Leaving Certificate Examination (including Day School Certificate (Higher) General paper), 1928
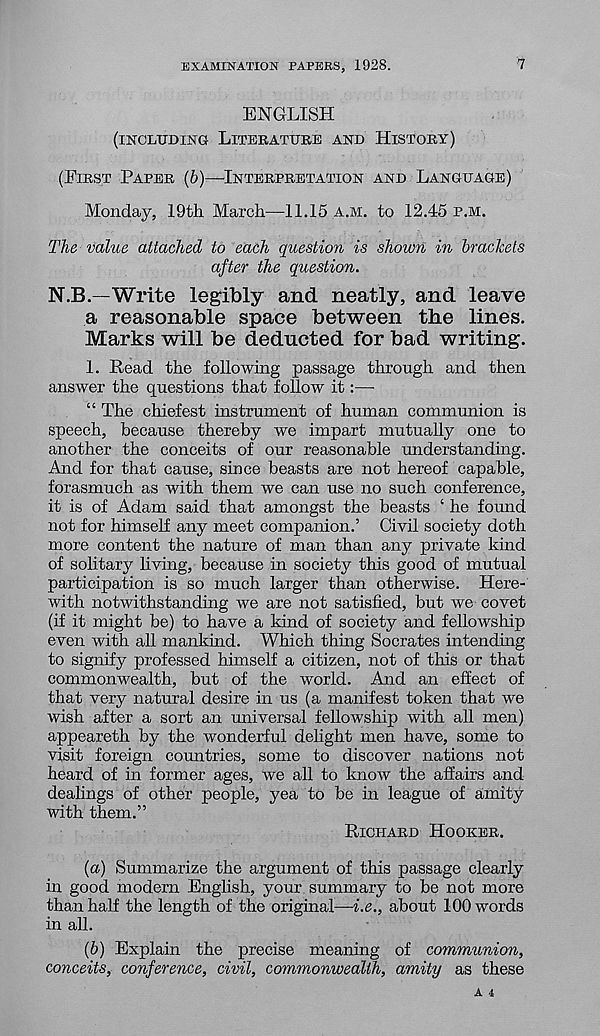
EXAMINATION PAPERS, 1928.
'1
ENGLISH
(INCLUDING LITERATURE AND HISTORY)
(FIRST PAPER (b)-—INTERPRETATION AND LANGUAGE)
Monday, 19th March—11.15 A.M. to 12.45 P.M.
The value attached to each question is shown in brackets
after the question.
N.B.—Write legibly and neatly, and leave
a reasonable space between the lines.
Marks will be deducted for bad writing.
1. Read the following passage through and then
answer the questions that follow it:—-
“ The chiefest instrument of human communion is
speech, because thereby we impart mutually one to
another the conceits of our reasonable understanding.
And for that cause, since beasts are not hereof capable,
forasmuch as with them we can use no such conference,
it is of Adam said that amongst the beasts ‘ he found
not for himself any meet companion.’ Civil society doth
more content the nature of man than any private kind
of solitary living, because in society this good of mutual
participation is so much larger than otherwise. Here-
with notwithstanding we are not satisfied, but we covet
(if it might be) to have a kind of society and fellowship
even with all mankind. Which thing Socrates intending
to signify professed himself a citizen, not of this or that
commonwealth, but of the world. And an effect of
that very natural desire in us (a manifest token that we
wish after a sort an universal fellowship with all men)
appeareth by the wonderful delight men have, some to
visit foreign countries, some to discover nations not
heard of in former ages, we all to know the affairs and
dealings of other people, yea to be in league of amity
with them.”
RICHARD HOOKER.
(а) Summarize the argument of this passage clearly
in good modern English, your summary to be not more
than half the length of the original—i.e., about 100 words
in all.
(б) Explain the precise meaning of communion,
conceits, conference, civil, commonwealth, amity as these